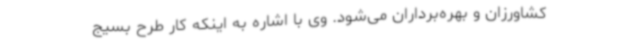
کشاورزان و بهره‌برداران می‌شود. وی با اشاره به اینکه کار طرح بسیج